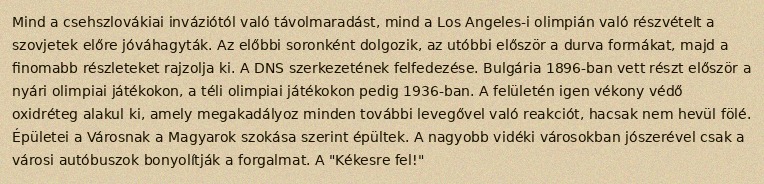
Mind a csehszlovákiai inváziótól való távolmaradást, mind a Los Angeles-i olimpián való részvételt a szovjetek előre jóváhagyták. Az előbbi soronként dolgozik, az utóbbi először a durva formákat, majd a finomabb részleteket rajzolja ki. A DNS szerkezetének felfedezése. Bulgária 1896-ban vett részt először a nyári olimpiai játékokon, a téli olimpiai játékokon pedig 1936-ban. A felületén igen vékony védő oxidréteg alakul ki, amely megakadályoz minden további levegővel való reakciót, hacsak nem hevül fölé. Épületei a Városnak a Magyarok szokása szerint épültek. A nagyobb vidéki városokban jószerével csak a városi autóbuszok bonyolítják a forgalmat. A "Kékesre fel!"